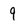
Character: 9